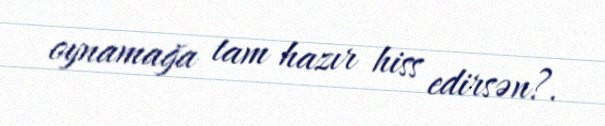
oynamağa tam hazır hiss edirsən?.